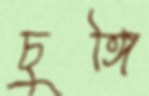
চুঙ্গি